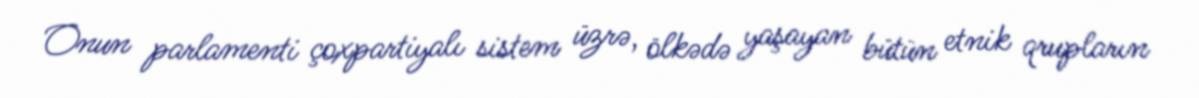
Onun parlamenti çoxpartiyalı sistem üzrə, ölkədə yaşayan bütün etnik qrupların